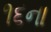
૧૬ના